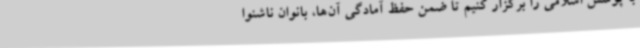
با پوشش اسلامی را برگزار کنیم تا ضمن حفظ آمادگی آن‌ها، بانوان ناشنوا